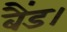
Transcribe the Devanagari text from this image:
बैंड।